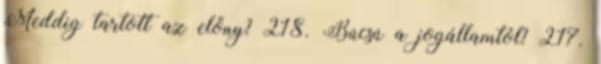
Meddig tartott az előny? 218. Búcsú a jogállamtól? 217.